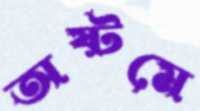
অষ্টমে